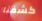
كشفنا